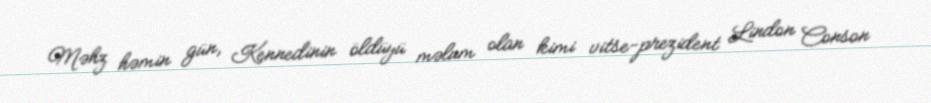
Məhz həmin gün, Kennedinin öldüyü məlum olan kimi vitse-prezident Lindon Conson